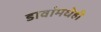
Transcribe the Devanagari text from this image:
डावांमधेही